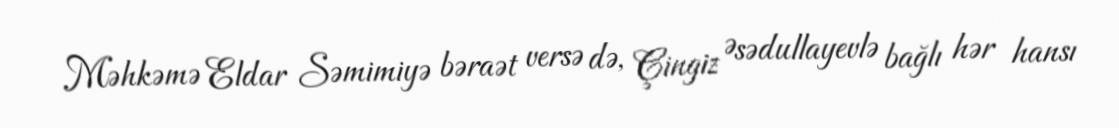
Məhkəmə Eldar Səmimiyə bəraət versə də, Çingiz Əsədullayevlə bağlı hər hansı